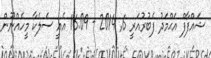
ޝައްފާފް އަޙްމަދު ފެބުރުއަރީ 6